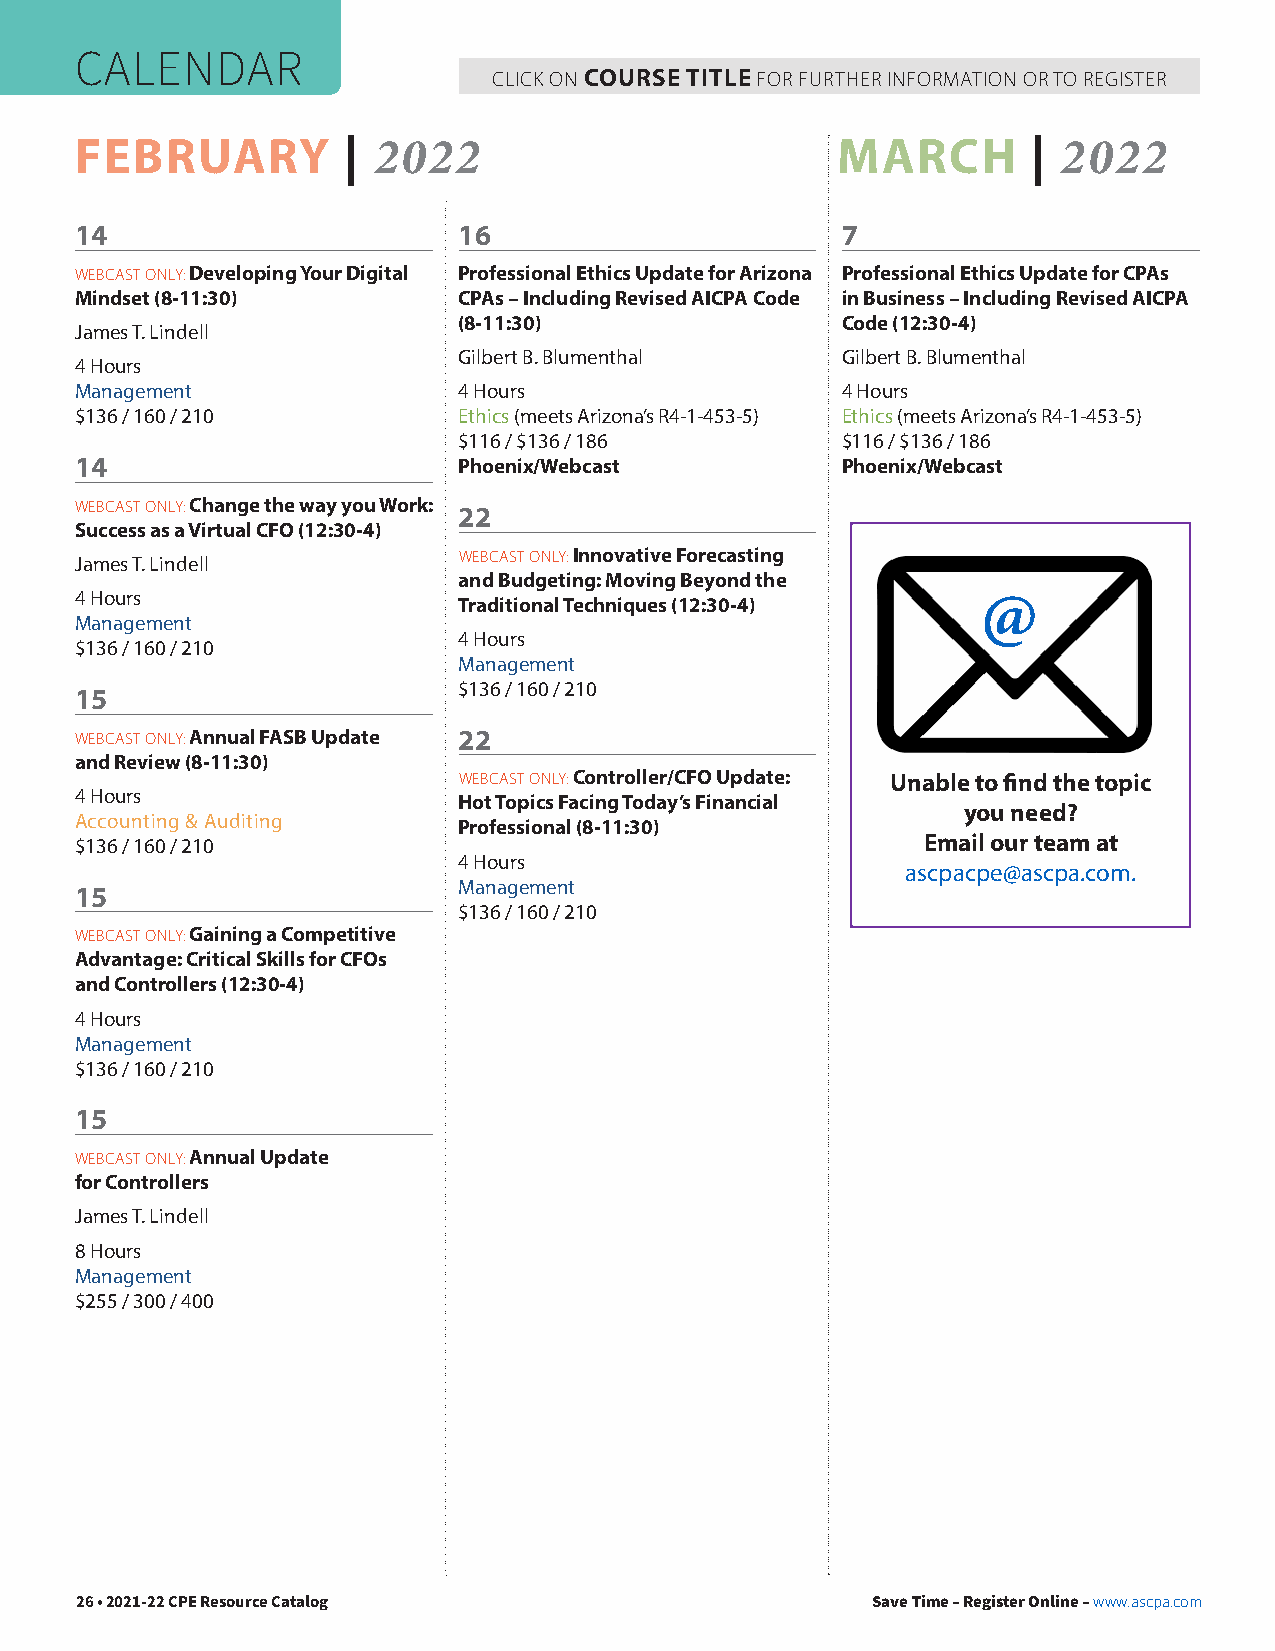
CALENDAR
 CLICK ON COURSE TITLE FOR FURTHER INFORMATION OR TO REGISTER
 FEBRUARY          | 2022                          MARCH        | 2022
 14                       16                        7
 WEBCAST ONLY: Developing Your Digital Professional Ethics Update for Arizona Professional Ethics Update for CPAs
 Mindset (8-11:30)        CPAs – Including Revised AICPA Code in Business – Including Revised AICPA
 (8-11:30)                 Code (12:30-4)
 James T. Lindell
 Gilbert B. Blumenthal     Gilbert B. Blumenthal
 4 Hours
 Management               4 Hours                   4 Hours
 $136 / 160 / 210         Ethics (meets Arizona’s R4-1-453-5) Ethics (meets Arizona’s R4-1-453-5)
 $116 / $136 / 186         $116 / $136 / 186
 14                       Phoenix/Webcast           Phoenix/Webcast
 WEBCAST ONLY: Change the way you Work: 22
 Success as a Virtual CFO (12:30-4)
 James T. Lindell         WEBCAST ONLY: Innovative Forecasting
 and Budgeting: Moving Beyond the
 4 Hours                  Traditional Techniques (12:30-4)   @
 Management
 4 Hours
 $136 / 160 / 210
 Management
 $136 / 160 / 210
 15
 WEBCAST ONLY: Annual FASB Update 22
 and Review (8-11:30)
 WEBCAST ONLY: Controller/CFO Update: Unable to find the topic
 4 Hours                  Hot Topics Facing Today’s Financial
 you need?
 Accounting & Auditing    Professional (8-11:30)
 $136 / 160 / 210                                        Email our team at
 4 Hours
 ascpacpe@ascpa.com.
 Management
 15
 $136 / 160 / 210
 WEBCAST ONLY: Gaining a Competitive
 Advantage: Critical Skills for CFOs
 and Controllers (12:30-4)
 4 Hours
 Management
 $136 / 160 / 210
 15
 WEBCAST ONLY: Annual Update
 for Controllers
 James T. Lindell
 8 Hours
 Management
 $255 / 300 / 400
 26 • 2021-22 CPE Resource Catalog                    Save Time – Register Online – www.ascpa.com